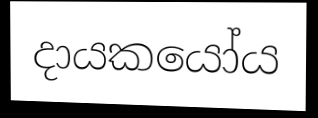
දායකයෝය